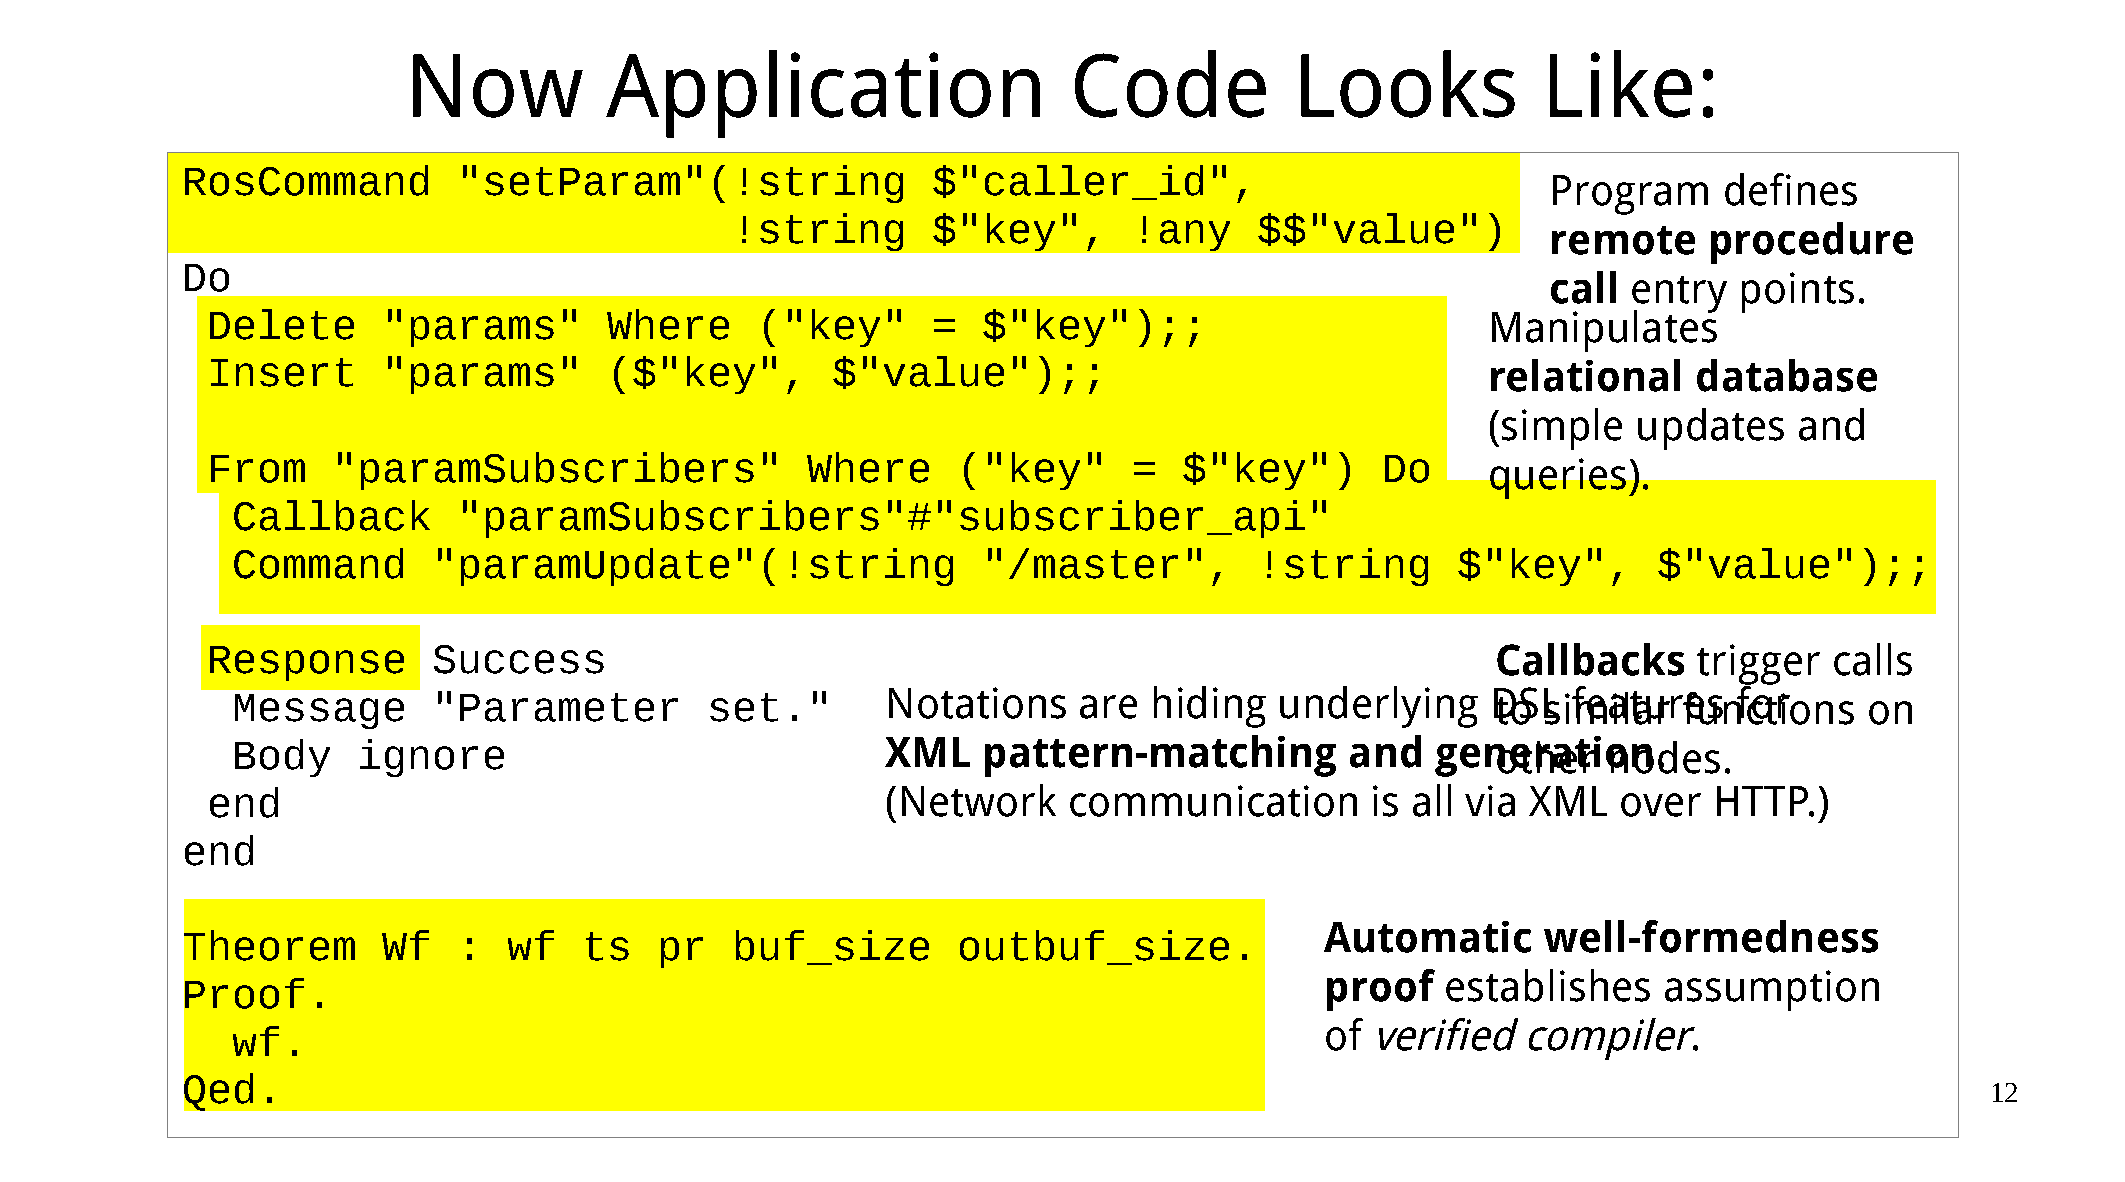
Now          Application                    Code           Looks           Like:
 RosCommand        "setParam"(!string              $"caller_id",
 Program    defines
 !string       $"key",      !any    $$"value")
 remote    procedure
 Do
 call entry  points.
 Delete     "params"       Where     ("key"      =  $"key");;                         Manipulates
 Insert     "params"       ($"key",       $"value");;                                 relational   database
 (simple  updates    and
 From    "paramSubscribers"             Where     ("key"      =  $"key")      Do      queries).
 Callback       "paramSubscribers"#"subscriber_api"
 Command       "paramUpdate"(!string               "/master",        !string      $"key",       $"value");;
 Response       Success                                                               Callbacks    trigger  calls
 Message       "Parameter        set."       Notations   are  hiding   underlying    DtoS Ls ifmeailtaurr feusn fcotrio ns on
 Body     ignore                             XML   pattern-matching        and   genoetrhaetri onno.des.
 end                                          (Network    communication       is all via XML  over  HTTP.)
 end
 Automatic     well-formedness
 Theorem      Wf   :   wf   ts  pr   buf_size       outbuf_size.
 proof   establishes   assumption
 Proof.
 of verified  compiler.
 wf.
 Qed.                                                                                                                    12